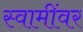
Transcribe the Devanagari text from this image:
स्वामींवर